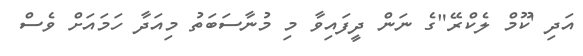
އަދި 'ކޫމް ލެކްރޭ"ގެ ނަން ދީފައިވާ މި މުނާސަބަތު މިއަދާ ހަމައަށް ވެސް